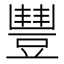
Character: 𧯽